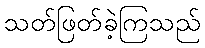
သတ်ဖြတ်ခဲ့ကြသည်